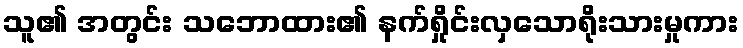
သူ၏ အတွင်း သဘောထား၏ နက်ရှိုင်းလှသောရိုးသားမှုကား